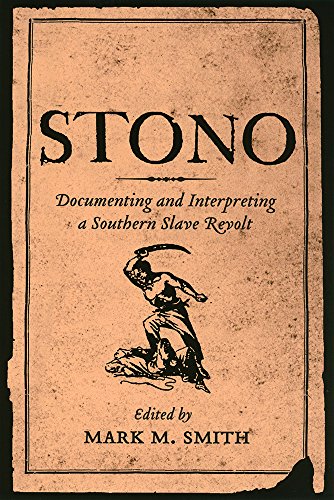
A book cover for Stono: Documenting and Interpreting a Southern Slave Revolt; History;